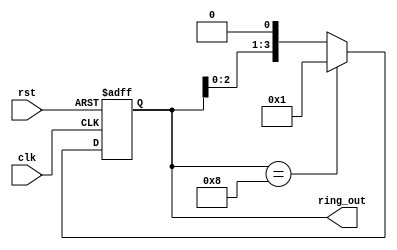
module ring_counter (
    input wire clk,
    input wire rst,
    output reg [3:0] ring_out
);

reg [3:0] count;

always @(posedge clk or posedge rst) begin
    if (rst) begin
        count <= 4'b0001;
    end else begin
        count <= (count == 4'b1000) ? 4'b0001 : (count << 1);
    end
end

assign ring_out = count;

endmodule